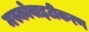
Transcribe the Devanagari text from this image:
मस्कोवाइटीकरण